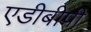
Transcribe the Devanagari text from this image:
एडीबीपी